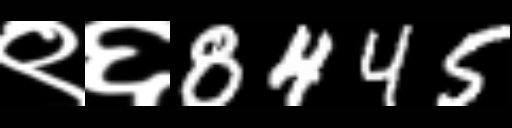
Text: ९६8445